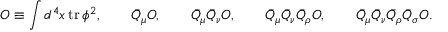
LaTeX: { \cal O } \equiv \int d ^ { 4 } x \, \mathrm { t r } \, \phi ^ { 2 } , \qquad \bar { Q } _ { \mu } { \cal O } , \qquad \bar { Q } _ { \mu } \bar { Q } _ { \nu } { \cal O } , \qquad \bar { Q } _ { \mu } \bar { Q } _ { \nu } \bar { Q } _ { \rho } { \cal O } , \qquad \bar { Q } _ { \mu } \bar { Q } _ { \nu } \bar { Q } _ { \rho } \bar { Q } _ { \sigma } { \cal O } .